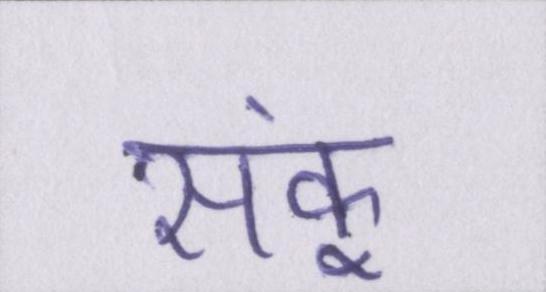
सकूं